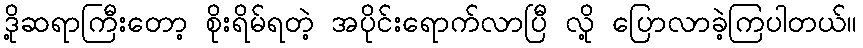
ဒို့ဆရာကြီးတော့ စိုးရိမ်ရတဲ့ အပိုင်းရောက်လာပြီ လို့ ပြောလာခဲ့ကြပါတယ်။